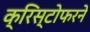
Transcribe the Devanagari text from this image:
क्रिस्टोफरने